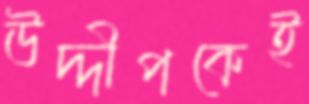
উদ্দীপকেই